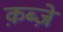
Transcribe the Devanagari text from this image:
क़ब्जे़